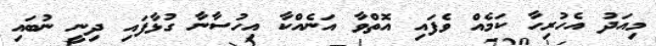
މިއަދު އެހުރިހާ ކަމެއް ވެފައި އޮތްވާ އަނެއްކާ އިހުސާނާ ގުޅާފައި ދިނީ ނުބައި